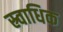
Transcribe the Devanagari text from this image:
स्र्वाधिक